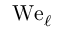
\mathrm { W e } _ { \ell }